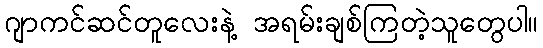
ဂျာကင်ဆင်တူလေးနဲ့ အရမ်းချစ်ကြတဲ့သူတွေပါ။